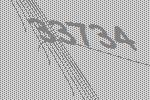
33734